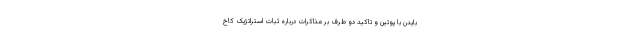
بایدن با پوتین و تاکید دو طرف بر مذاکرات درباره ثبات استراتژیک کاخ